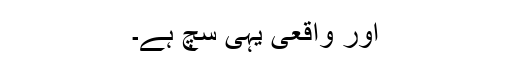
اور واقعی یہی سچ ہے۔